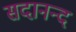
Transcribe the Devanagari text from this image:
सदानन्‍द